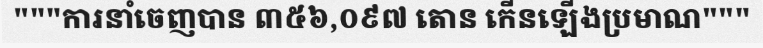
"""ការនាំចេញបាន ៣៥៦,០៩៧ តោន កើនឡើងប្រមាណ"""